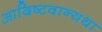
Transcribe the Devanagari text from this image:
आदिष्टवान्यथा